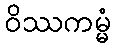
ဝိဿကမ္မံ